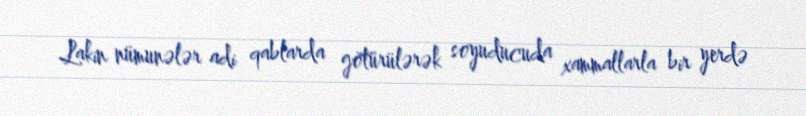
Lakin nümunələr adi qablarda götürülərək soyuducuda xammallarla bir yerdə